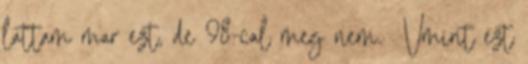
lattam mar ezt, de 98-cal meg nem. Vmint ezt